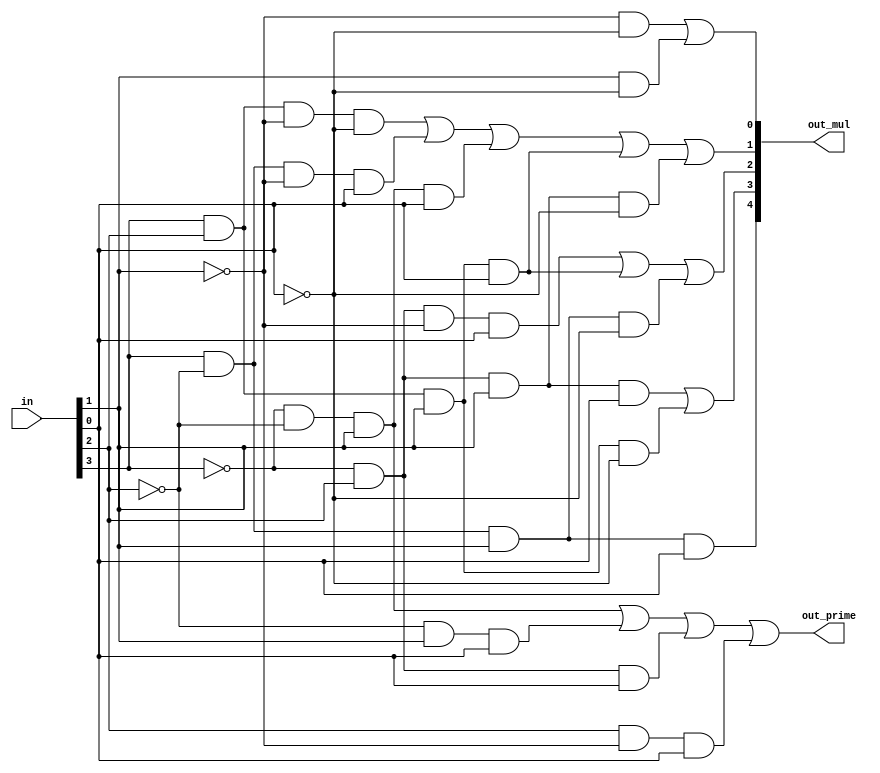
/* CSED273 lab3 experiment 2 */
/* lab3_2.v */


/* Implement Prime Number Indicator & Multiplier Indicator
 * You may use keword "assign" and operator "&","|","~",
 * or just implement with gate-level-modeling (and, or, not) */
 
/* 11: out_mul[4], 7: out_mul[3], 5: out_mul[2],
 * 3: out_mul[1], 2: out_mul[0] */
module lab3_2(
    input wire [3:0] in,
    output wire out_prime,
    output wire [4:0] out_mul
    );
    
    wire x1, x2, x3, x4;
    assign x1 = ~in[3] & ~in[2] & in[1];
    assign x2 = ~in[2] & in[1] & in[0];
    assign x3 = ~in[3] & in[2] & in[0];
    assign x4 = in[2] & ~in[1] & in[0];
    assign out_prime = x1 | x2 | x3 | x4;
    
    wire m2_1, m2_2;
    assign m2_1 = ~in[1] & ~in[0];
    assign m2_2 = in[1] & ~in[0];
    assign out_mul[0] = m2_1 | m2_2;
    
    wire m3_1, m3_2, m3_3, m3_4, m3_5;
    assign m3_1 = in[3] & in[2] & ~in[1] & ~in[0];
    assign m3_2 = in[3] & ~in[2] & ~in[1] & in[0];
    assign m3_3 = ~in[3] & ~in[2] & in[1] & in[0];
    assign m3_4 = in[3] & in[2] & in[1] & in[0];
    assign m3_5 = ~in[3] & in[2] & in[1] & ~in[0];
    assign out_mul[1] = m3_1 | m3_2 | m3_3 | m3_4 | m3_5;
    
    wire m5_1, m5_2, m5_3;
    assign m5_1 = ~in[3] & in[2] & ~in[1] & in[0];
    assign m5_2 = in[3] & in[2] & in[1] & in[0];
    assign m5_3 = in[3] & ~in[2] & in[1] & ~in[0];
    assign out_mul[2] = m5_1 | m5_2 | m5_3;
    
    wire m7_1, m7_2;
    assign m7_1 = ~in[3] & in[2] & in[1] & in[0];
    assign m7_2 = in[3] & in[2] & in[1] & ~in[0];
    assign out_mul[3] = m7_1 | m7_2;
    
    assign out_mul[4] = in[3] & ~in[2] & in[1] & in[0];
    
endmodule